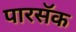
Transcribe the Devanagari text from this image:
पारसॅक